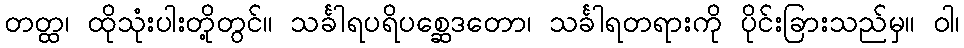
တတ္ထ၊ ထိုသုံးပါးတို့တွင်။ သင်္ခါရပရိပစ္ဆေဒတော၊ သင်္ခါရတရားကို ပိုင်းခြားသည်မှ။ ဝါ၊